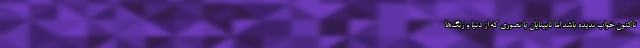
تاکنون خواب ندیده باشد اما نابینایان با تصوری که از دنیا و رنگ‌ها